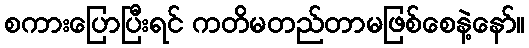
စကားပြောပြီးရင် ကတိမတည်တာမဖြစ်စေနဲ့နော်။